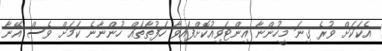
އެކަކަށް ވުރެ ގިނަ މީހުންނާ އިންޓަވިއުކޮށްފައިވާ ހަފުތާތައް ހުންނާނެ ކަމަށް ވެސް އޭނާ